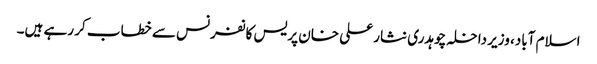
اسلام آباد، وزیر داخلہ چوہدری نثار علی خان پریس کانفرنس سے خطاب کر رہے ہیں۔